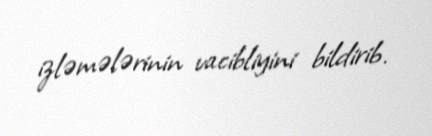
izləmələrinin vacibliyini bildirib.